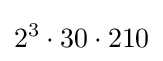
2^{3}\cdot 30\cdot 210